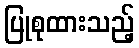
ပြုစုထားသည့်